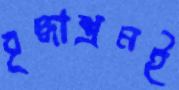
বৃদ্ধাশ্রমই